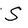
Character: S